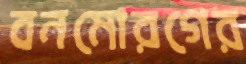
বনমোরগের